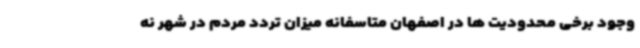
وجود برخی محدودیت ها در اصفهان متاسفانه میزان تردد مردم در شهر نه